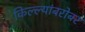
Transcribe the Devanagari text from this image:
किल्ल्यांबरोबर